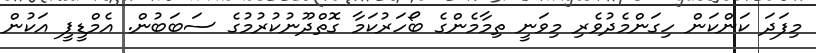
މިފަދަ ކަންކަން ހިގަންމެދުވެރި މިވަނީ ތިމާމެންގެ ބޯހަރުކަމާ ގޮތްދޫނުކުރުމުގެ ސަބަބުން. އެމްޑީޕީ އަކުން